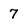
Character: 7